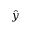
\hat { y }